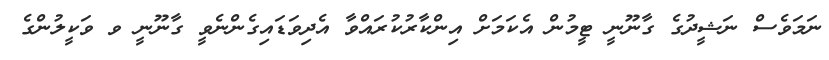
ނަމަވެސް ނަޝީދުގެ ގާނޫނީ ޓީމުން އެކަމަށް އިންކާރުކުރައްވާ އެދިވަޑައިގެންނެވީ ގާނޫނީ ވ ވަކީލުންގެ